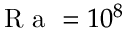
\mathrm { ~ R ~ a ~ } = 1 0 ^ { 8 }